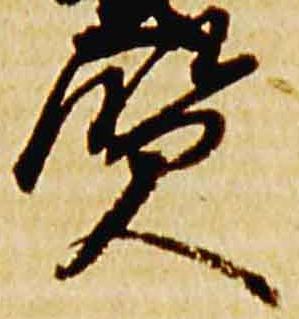
賢